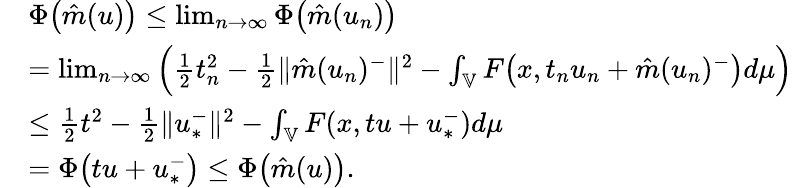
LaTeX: \begin{array}{rl}&{\Phi\big(\hat{m}(u)\big)\leq\operatorname*{lim}_{n\rightarrow\infty}\Phi\big(\hat{m}(u_{n})\big)}\\ &{=\operatorname*{lim}_{n\rightarrow\infty}\Big(\frac{1}{2}t_{n}^{2}-\frac{1}{2}\| \hat{m}(u_{n})^{-}\| ^{2}-\int_{\mathbb{V}}F\big(x,t_{n}u_{n}+\hat{m}(u_{n})^{-}\big)d\mu\Big)}\\ &{\leq\frac{1}{2}t^{2}-\frac{1}{2}\| u_{*}^{-}\| ^{2}-\int_{\mathbb{V}}F(x,tu+u_{*}^{-})d\mu}\\ &{=\Phi\big(tu+u_{*}^{-}\big)\leq\Phi\big(\hat{m}(u)\big).}\end{array}